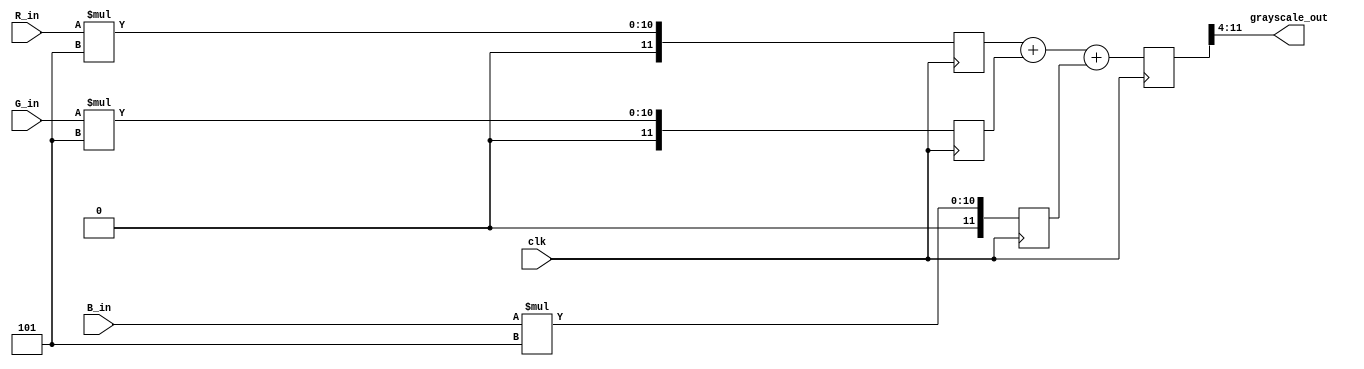
`timescale 1ns / 1ps
//////////////////////////////////////////////////////////////////////////////////
// Company: 
// Engineer: 
// 
// Design Name: 
// Module Name: color_to_grayscale_row
// Project Name: 
// Target Devices: 
// Tool Versions: 
// Description: 
// 
// Dependencies: 
// 
// Revision:
// Revision 0.01 - File Created
// Additional Comments:
// 
//////////////////////////////////////////////////////////////////////////////////


module color_to_grayscale(
    input [7:0] R_in,G_in,B_in,
    input clk,
    output [7:0] grayscale_out
    );
    reg [11:0]temp_out;
    reg [11:0]temp_Rout;
    reg [11:0]temp_Gout;
    reg [11:0]temp_Bout;
    always@(posedge clk)begin
       //temp_out<=R_in*0.229+G_in*0.589+B_in*0.114;
       //temp_out<=R_in/3+G_in/3+B_in/3;
       temp_Rout <= R_in*5;
       temp_Gout <= G_in*5;
       temp_Bout <= B_in*5;
       temp_out <= temp_Rout+temp_Gout+temp_Bout;    
    end
    assign grayscale_out = temp_out[11:4];
endmodule